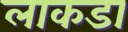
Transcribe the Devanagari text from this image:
लाकडा